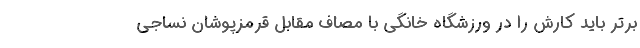
برتر باید کارش را در ورزشگاه خانگی با مصاف مقابل قرمزپوشان نساجی